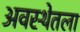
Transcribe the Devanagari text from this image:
अवस्थेतला